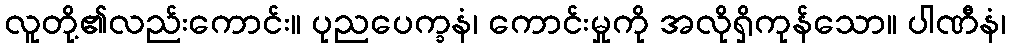
လူတို့၏လည်းကောင်း။ ပုညပေက္ခနံ၊ ကောင်းမှုကို အလိုရှိကုန်သော။ ပါဏီနံ၊